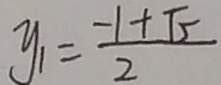
y _ { 1 } = \frac { - 1 + \sqrt { 5 } } { 2 }